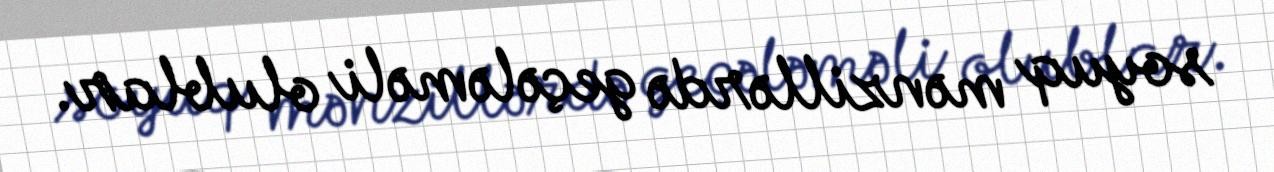
soyuq mənzillərdə geçələməli olublar.